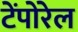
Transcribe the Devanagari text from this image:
टेंपोरेल